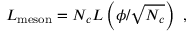
{ \cal L } _ { \mathrm { m e s o n } } = N _ { c } { \cal L } \left( \phi / \sqrt { N _ { c } } \right) \ ,